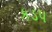
કડપ